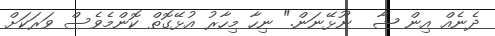
ދެނެއް އިން ޝާ  ނޫޅޭނަން." ނިހާ މިހާރު އުޅޭގޮތް ކޮންމެވެސް ވަރަކަށް